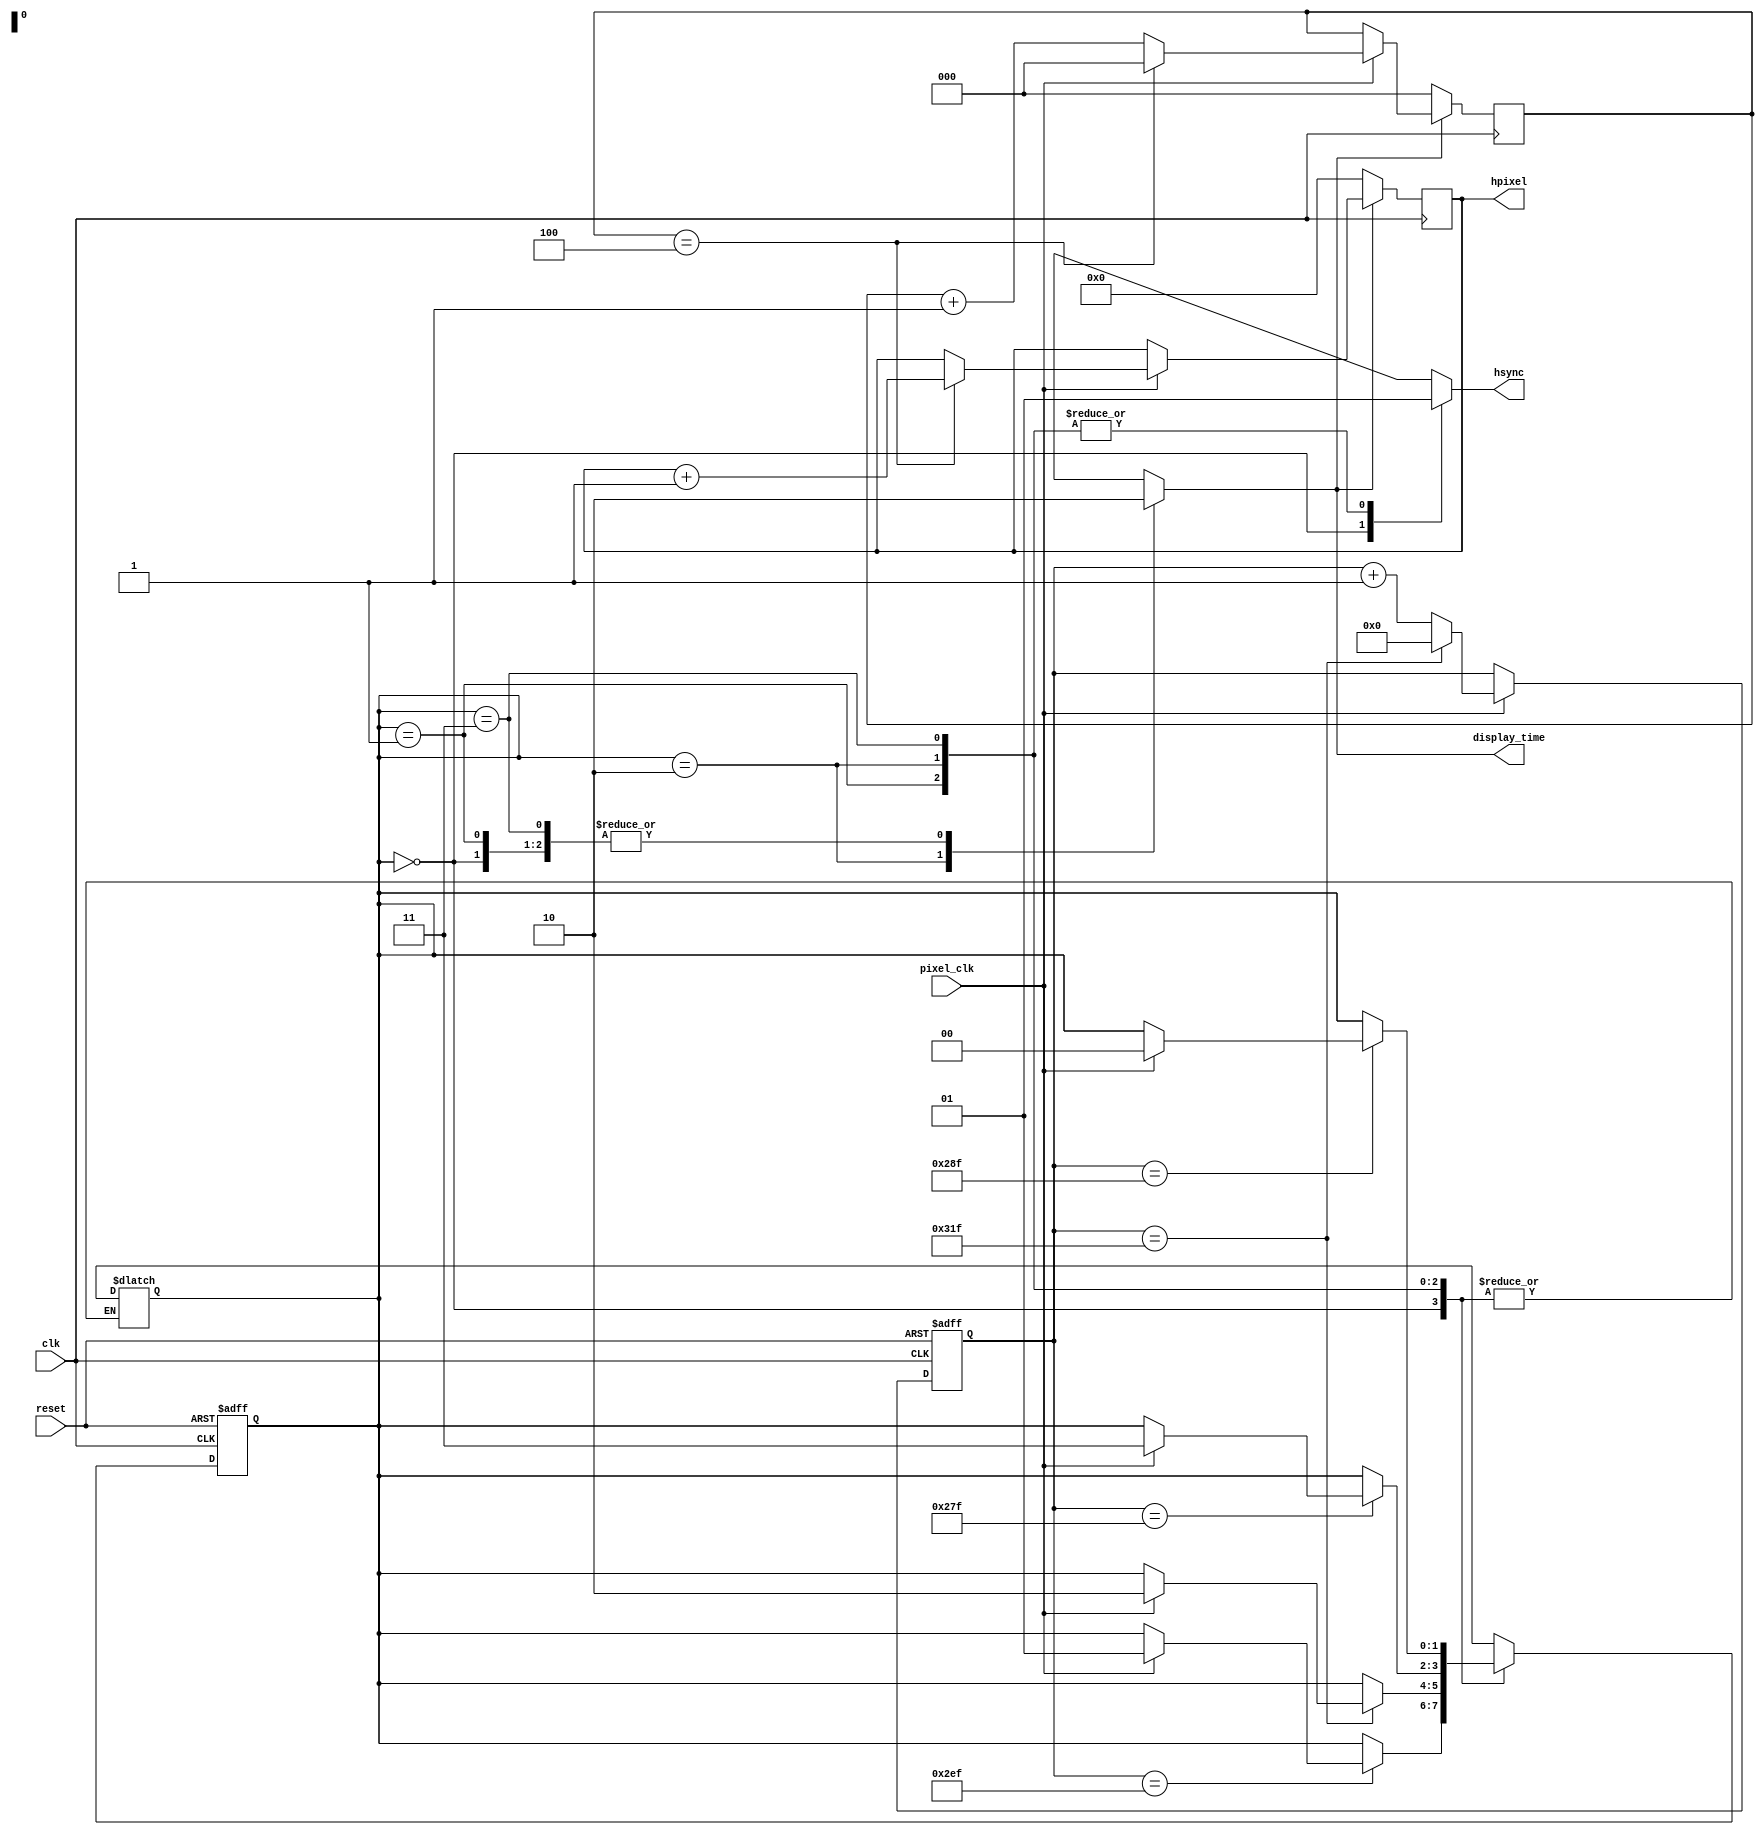
`timescale 1ns / 1ps

module hsync_FSM_module(
    input                     clk,
    input               pixel_clk,
    input                   reset,
    output reg              hsync,
    output reg [6:0]       hpixel,
    output reg       display_time);

    reg [9:0]       counter;
    reg [2:0] pixel_counter;
    reg [1:0] current_stage;
    reg [1:0]    next_stage;

    parameter stage_pulse_hsync      = 2'h0,
              stage_backPorch_hsync  = 2'h1,
              stage_display_hsync    = 2'h2,
              stage_frontPorch_hsync = 2'h3;

    //FSM for next clock.
    always @(posedge clk or posedge reset) begin
        if (reset) begin
            current_stage <= stage_backPorch_hsync;
        end
        else begin
            current_stage <= next_stage;
        end
    end

    //FSM stages.
    always @(current_stage or counter or pixel_clk) begin
        next_stage   = current_stage;
        hsync        = 1'b1;
        display_time = 1'b0;
        case (current_stage)
            stage_pulse_hsync: begin
                if (counter == 10'd751 ) next_stage = pixel_clk ? stage_backPorch_hsync : current_stage;
                else next_stage = current_stage;

                hsync        = 1'b0;
                display_time = 1'b0;
            end
            stage_backPorch_hsync: begin
                if (counter == 10'd799 ) next_stage = pixel_clk ? stage_display_hsync : current_stage;
                else next_stage = current_stage;

                hsync        = 1'b1;
                display_time = 1'b0;
            end
            stage_display_hsync: begin
                if (counter == 10'd639 ) next_stage = pixel_clk ? stage_frontPorch_hsync : current_stage;
                else next_stage = current_stage;
                
                hsync        = 1'b1;
                display_time = 1'b1;
            end
            stage_frontPorch_hsync: begin
                if (counter == 10'd655) next_stage = pixel_clk ? stage_pulse_hsync: current_stage;
                else next_stage = current_stage;
                
                hsync        = 1'b1;
                display_time = 1'b0;
            end
            default: begin
                current_stage = stage_backPorch_hsync;
                
                hsync        = 1'b1;
                display_time = 1'b0;
            end
        endcase
    end

    //Timer for the address of pixels.
    always @(posedge clk) begin
        if (display_time) begin
            if (pixel_clk) begin
                if (pixel_counter == 3'h4) begin
                    pixel_counter <= 3'h0;
                    hpixel <= hpixel + 1'b1;
                end
                else
                    pixel_counter <= pixel_counter + 1'b1;
            end
        end
        else begin
            hpixel <= 7'h0;
            pixel_counter <= 3'h0;
        end
    end

    //Counter to change the FSM.
    always @(posedge clk or posedge reset) begin
        if (reset) 
            counter <= 10'd655;
        else if (pixel_clk)
            if (counter == 10'd799)
                counter <= 10'd0;
            else
                counter <= counter + 1'b1;
    end
endmodule